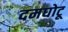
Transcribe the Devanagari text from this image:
दमघोटू